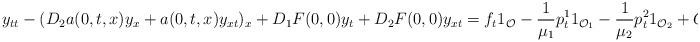
LaTeX: \begin{align*}y_{tt} - (D_2 a(0,t,x) y_x + a(0,t,x) y_{xt})_x + D_1F(0,0) y_t + D_2F(0,0) y_{xt} = f_t 1_{\mathcal{O}} - \frac{1}{\mu_1} p^1_t 1_{\mathcal{O}_1} - \frac{1}{\mu_2} p^2_t 1_{\mathcal{O}_2} + G_{t}.\end{align*}